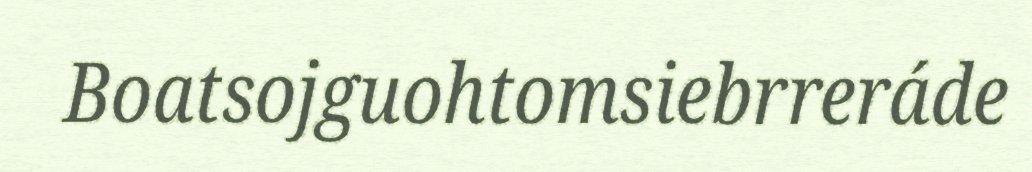
Boatsojguohtomsiebrreráde